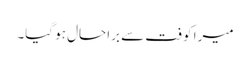
میرا کوفت سے برا حال ہو گیا۔